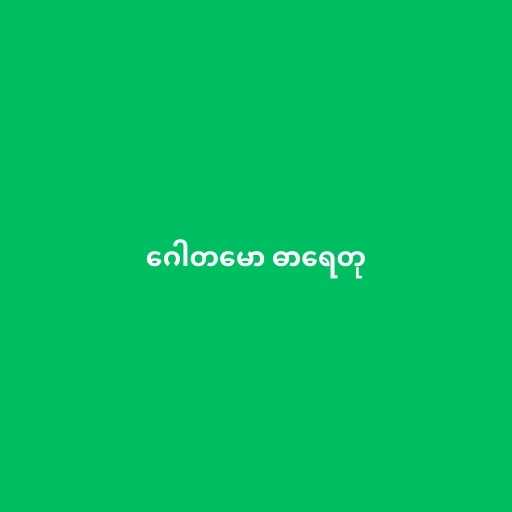
ဂေါတမော ဓာရေတု